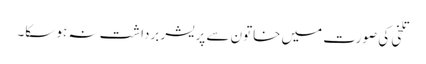
تلخی کی صورت میں خاتون سے پریشر برداشت نہ ہو سکا۔